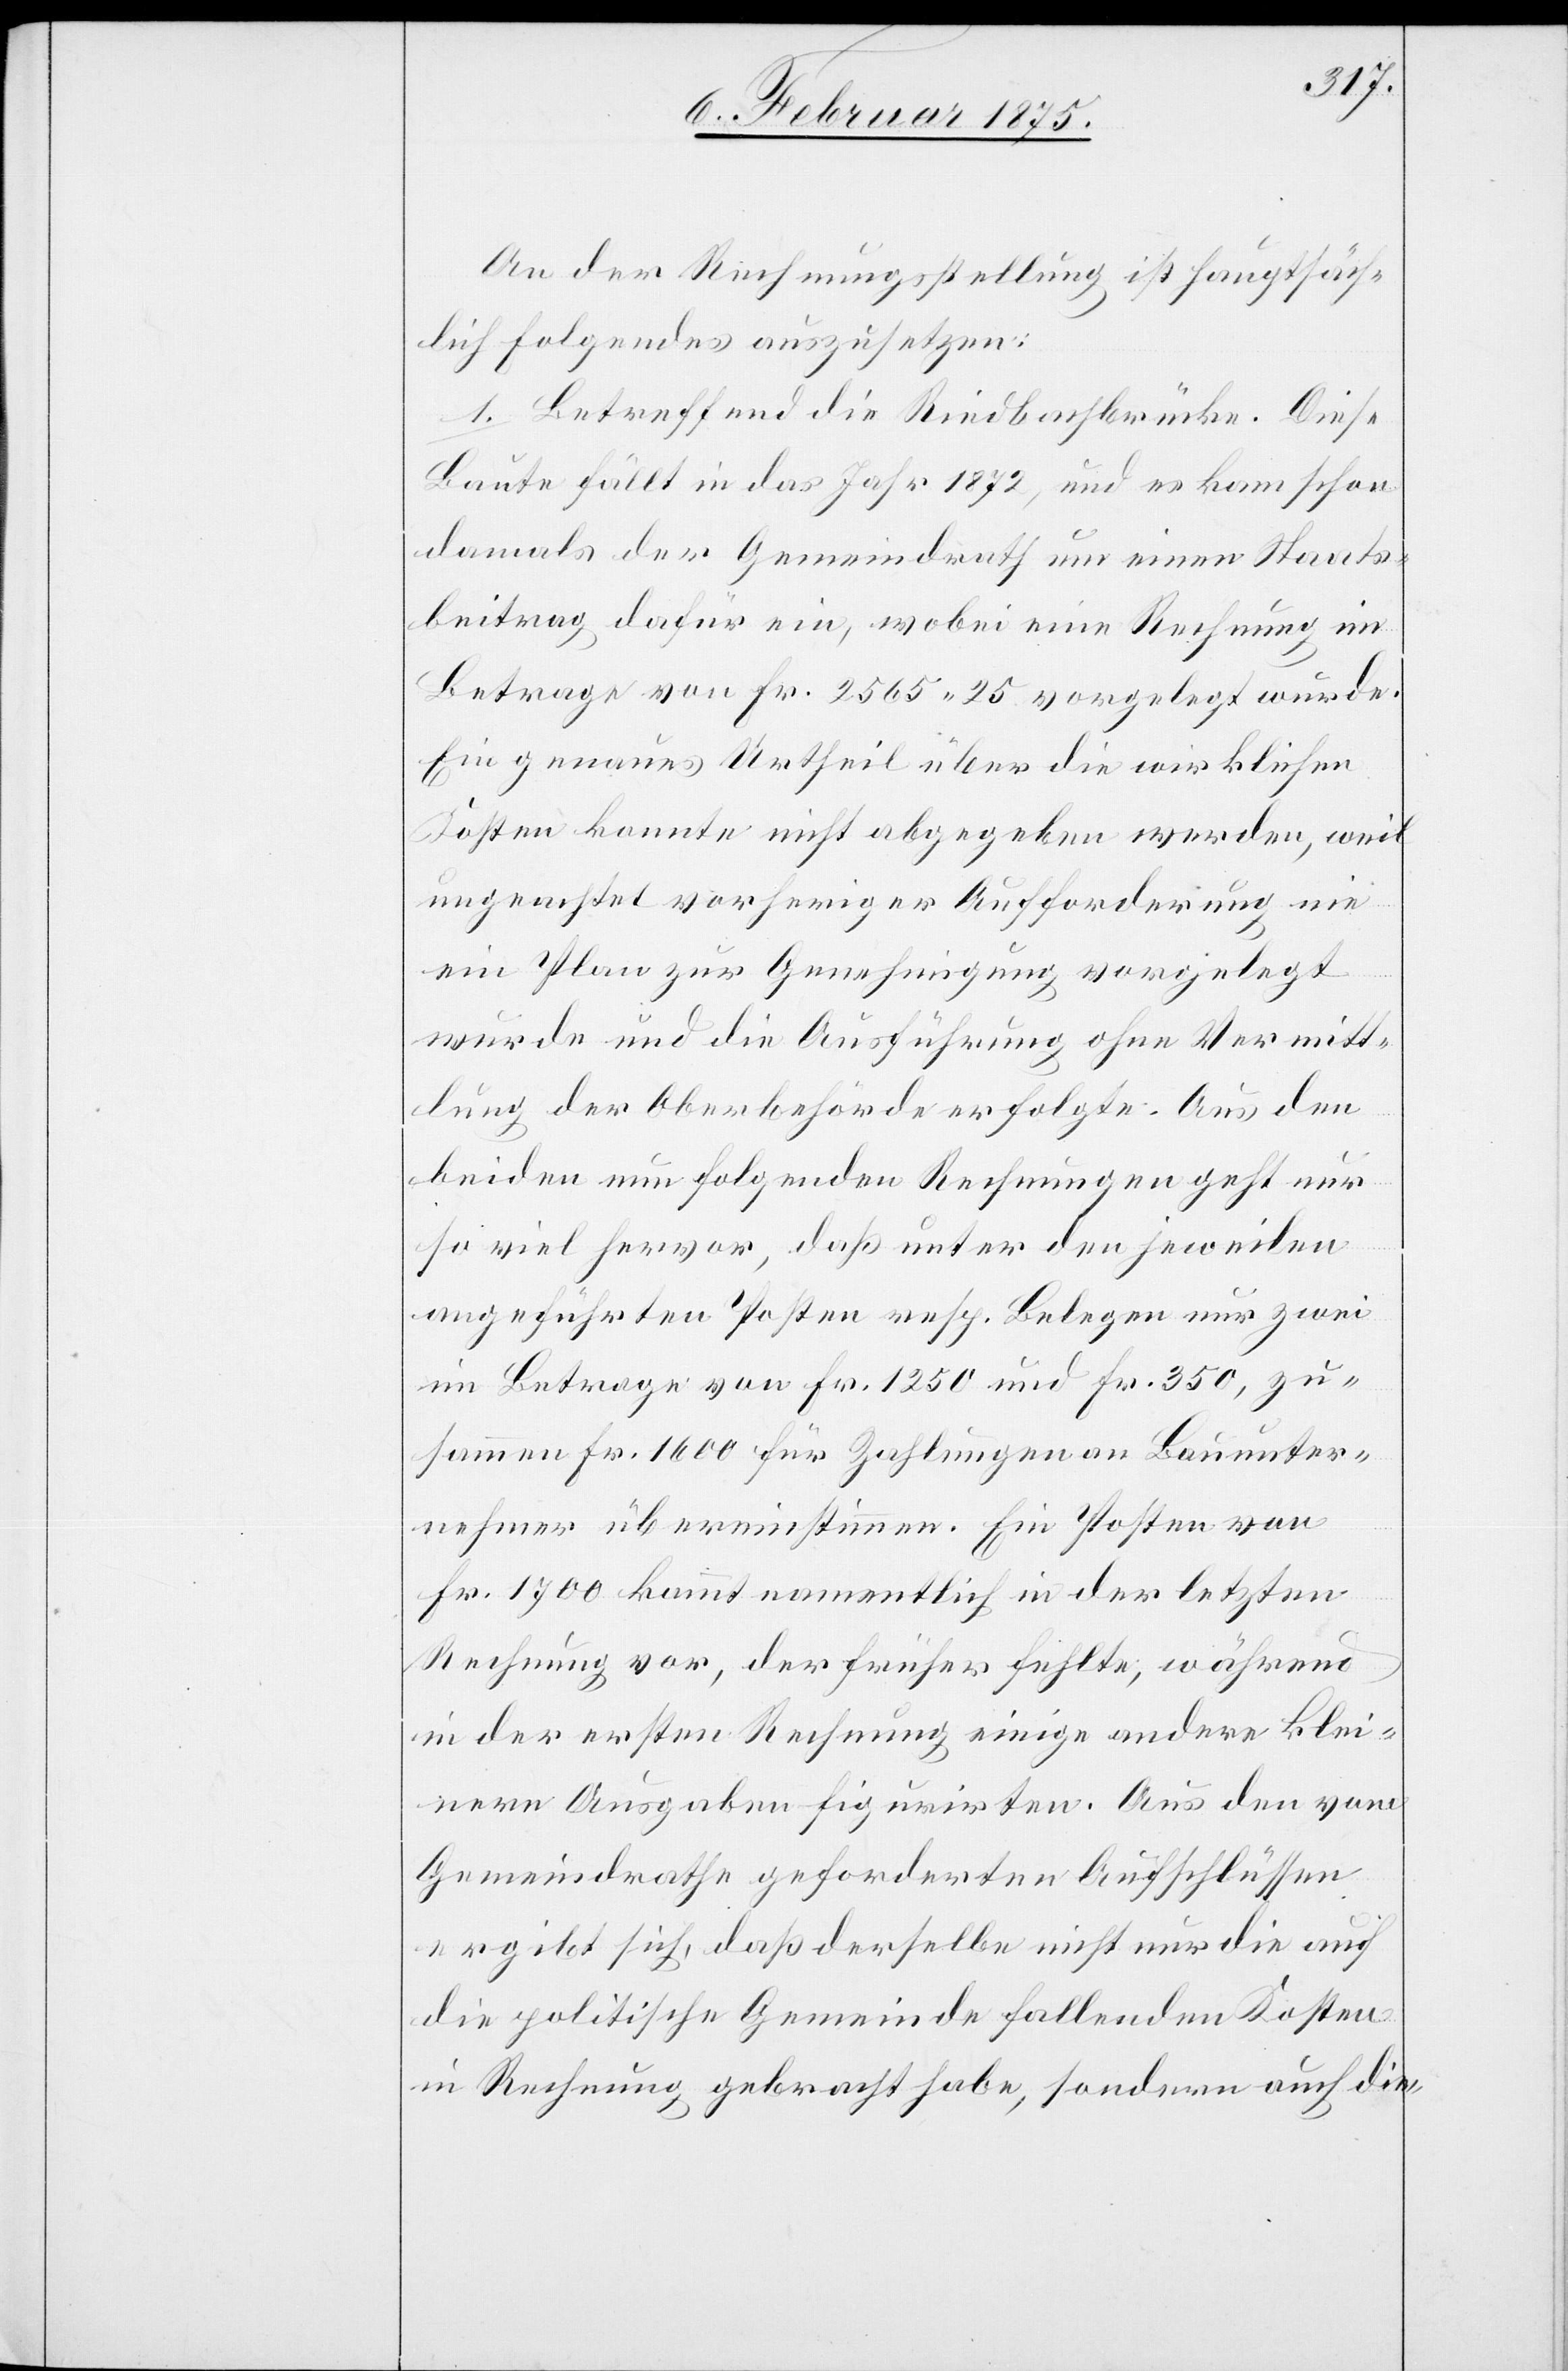
An der Rechnungsstellung ist hauptsäch¬
lich folgendes auszusetzen:
1. Betreffend die Riedbachbrücke. Diese
Baute fällt in das Jahr 1872, und es kam schon
damals der Gemeindrath um einen Staats¬
beitrag dafür ein, wobei eine Rechnung im
Betrage von Fr. 2565. 25 vorgelegt wurde.
Ein genaues Urtheil über die wirklichen
Kosten konnte nicht abgegeben werden, weil
ungeachtet vorheriger Aufforderung nie
ein Plan zur Genehmigung vorgelegt
wurde und die Ausführung ohne Vermitt¬
lung der Oberbehörden erfolgte: Aus den
beiden nun folgenden Rechnungen geht nur
so viel hervor, daß unter den jeweilen
angeführten Posten resp. Belegen nur zwei
im Betrage von Fr. 1250 und Fr. 350, zu¬
sammen Fr. 1600 für Zahlungen an Bauunter¬
nehmer übereinstimmen. Ein Posten von
Fr. 1700 kommt namentlich in der letzten
Rechnung vor, der früher fehlt, während
in der ersten Rechnung einige andere klei¬
nern Ausgaben figurirten. Aus den vom
Gemeindrathe geforderten Aufschlüssen
ergibt sich, daß derselbe nicht nur die auf
die politische Gemeinde fallenden Kosten
in Rechnung gebracht habe, sondern auch die-